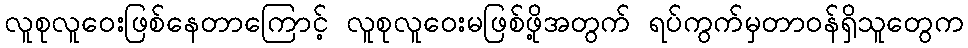
လူစုလူဝေးဖြစ်နေတာကြောင့် လူစုလူဝေးမဖြစ်ဖို့အတွက် ရပ်ကွက်မှတာဝန်ရှိသူတွေက